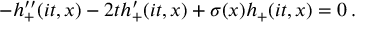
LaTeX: - h _ { + } ^ { \prime \prime } ( i t , x ) - 2 t h _ { + } ^ { \prime } ( i t , x ) + \sigma ( x ) h _ { + } ( i t , x ) = 0 \, .